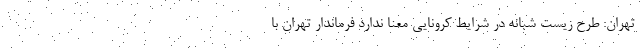
تهران: طرح زیست شبانه در شرایط کرونایی معنا ندارد فرماندار تهران با